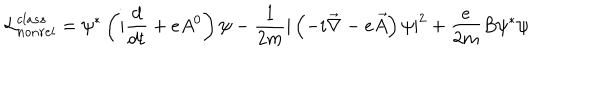
LaTeX: { \cal { L } } _ { n o n r e l } ^ { c l a s s } = \psi ^ { * } \left( i \frac { d } { d t } + e A ^ { 0 } \right) \psi - \frac { 1 } { 2 m } | \left( - i \vec { \nabla } - e \vec { A } \right) \psi | ^ { 2 } + \frac { e } { 2 m } B \psi ^ { * } \psi